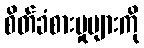
စိတ်ခံစားမှုများကို